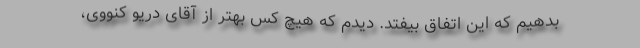
بدهیم که این اتفاق بیفتد. دیدم که هیچ کس بهتر از آقای دریو کنووی،